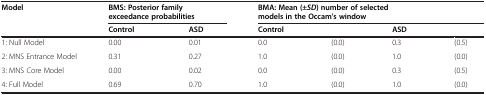
| Model | <COLSPAN=2> BMS: Posterior family | <COLSPAN=4> BMA: Mean (± SD ) number of selected |
 |  | <COLSPAN=2> exceedance probabilities | <COLSPAN=4> models in the Occam's window |
 |  | Control | ASD | Control |  | ASD |  |
 | --- | --- | --- | --- | --- | --- | --- |
 | 1: Null Model | 0.00 | 0.01 | 0.0 | (0.0) | 0.3 | (0.5) |
 | 2: MNS Entrance Model | 0.31 | 0.27 | 1.0 | (0.0) | 1.0 | (0.0) |
 | 3: MNS Core Model | 0.00 | 0.02 | 0.0 | (0.0) | 0.3 | (0.5) |
 | 4: Full Model | 0.69 | 0.70 | 1.0 | (0.0) | 1.0 | (0.0) |